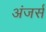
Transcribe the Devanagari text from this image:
अंजर्स